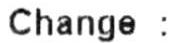
CHANGE :